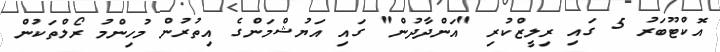
އޮކްޓޫބަރު 5 ގައި ރިލީޒްކުރި "އަންދާދުން" ގައި އަޔުޝްމަންގެ އިތުރުން މުހިންމު ރޯލްތަކުން